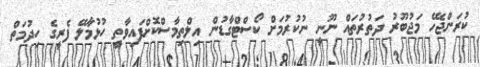
ކުރަންޖެހޭ މަޖުބޫރު ދަތުރުތައް ނޫނީ ނުކުރުމަށް ކޯސްޓްގާޑުން އިލްތިމާސްކޮށްފައިވާތީ ހުޅުމާލޭ ފެރީގެ ހިދުމަތް